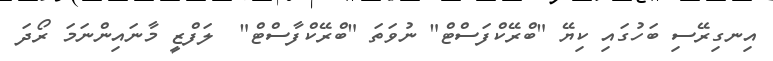
އިނގިރޭސި ބަހުގައި ކިޔޭ "ބްރޭކްފަސްޓް" ނުވަތަ "ބްރޭކްފާސްޓް"  ލަފްޒީ މާނައިންނަމަ ރޯދަ